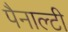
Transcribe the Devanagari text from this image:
पैनाल्टी